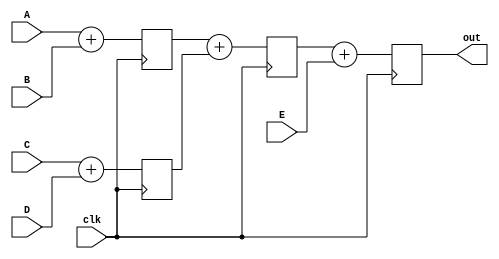
module binary_adder_tree(A, B, C, D, E, clk, out);
   
	input	[15:0] A, B, C, D, E;
	input	clk;
	output	[15:0] out;

	wire	[15:0]    sum1, sum2, sum3, sum4;
	reg		[15:0]   sumreg1, sumreg2, sumreg3, sumreg4;

	// Registers
	always @ (posedge clk)
		begin
			sumreg1 <= sum1;
			sumreg2 <= sum2;
			sumreg3 <= sum3;
			sumreg4 <= sum4;
		end

	// 2-bit additions
	assign		sum1 = A + B;
	assign		sum2 = C + D;
	assign		sum3 = sumreg1 + sumreg2;
	assign		sum4 = sumreg3 + E;		  		
	assign		out = sumreg4;

endmodule